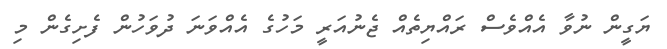
ޔަގީން ނުވާ އެއްވެސް ރައްޔިތެއް ޖެނުއަރީ މަހުގެ އެއްވަނަ ދުވަހުން ފެށިގެން މި